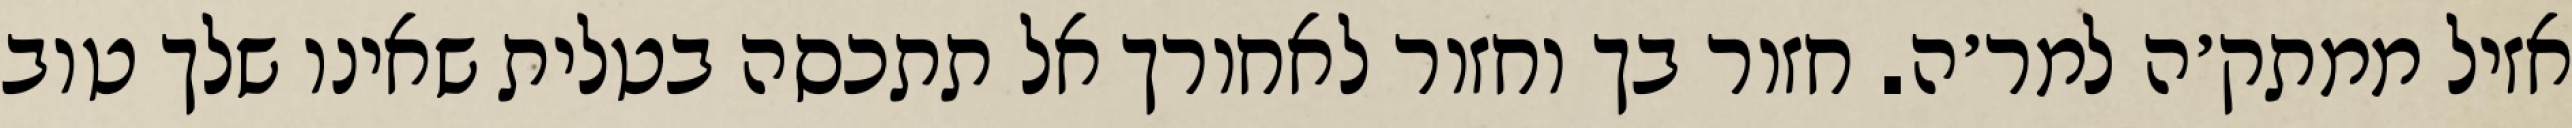
אזיל ממתק׳ה למר׳ה. חזור בך וחזור לאחורך אל תתכסה בטלית שאינו שלך טוב